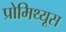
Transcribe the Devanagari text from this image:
प्रोमिथ्यूस